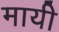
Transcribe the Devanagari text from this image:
मायी